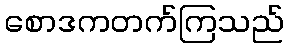
စောဒကတက်ကြသည်